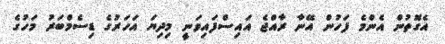
އެގޮތުން އެންމެ ފަހުން އޭނާ ރާއްޖެ އައިސްފައިވަނީ މިދިޔަ އަހަރުގެ ޑިސެމްބަރު މަހުގެ